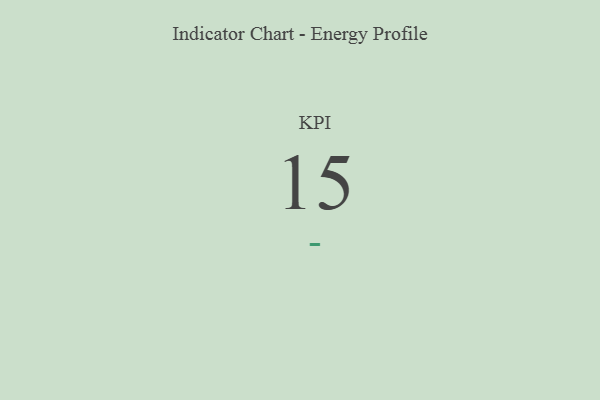
{"axis": {"x": "KPI", "y": "Value"}, "legend": [""], "data": [{"x": "KPI", "y": 15, "type": ""}]}